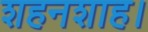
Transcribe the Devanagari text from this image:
शहनशाह।